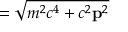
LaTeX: = { \sqrt { m ^ { 2 } c ^ { 4 } + c ^ { 2 } \mathbf { p } ^ { 2 } } }